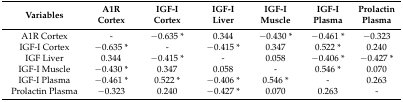
| Variables | A1R Cortex | IGF-I Cortex | IGF-I Liver | IGF-I Muscle | IGF-I Plasma | Prolactin Plasma |
 | --- | --- | --- | --- | --- | --- | --- |
 | A1R Cortex | - | −0.635 * | 0.344 | −0.430 * | −0.461 * | −0.323 |
 | IGF-I Cortex | −0.635 * | - | −0.415 * | 0.347 | 0.522 * | 0.240 |
 | IGF Liver | 0.344 | −0.415 * | - | 0.058 | −0.406 * | −0.427 * |
 | IGF-I Muscle | −0.430 * | 0.347 | 0.058 | - | 0.546 * | 0.070 |
 | IGF-I Plasma | −0.461 * | 0.522 * | −0.406 * | 0.546 * | - | 0.263 |
 | Prolactin Plasma | −0.323 | 0.240 | −0.427 * | 0.070 | 0.263 | - |